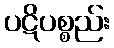
ပဋိပစ္စည်း